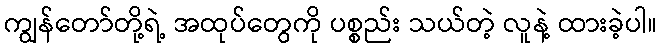
ကျွန်တော်တို့ရဲ့ အထုပ်တွေကို ပစ္စည်း သယ်တဲ့ လူနဲ့ ထားခဲ့ပါ။